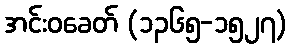
အင်းဝခေတ် (၁၃၆၅-၁၅၂၇)